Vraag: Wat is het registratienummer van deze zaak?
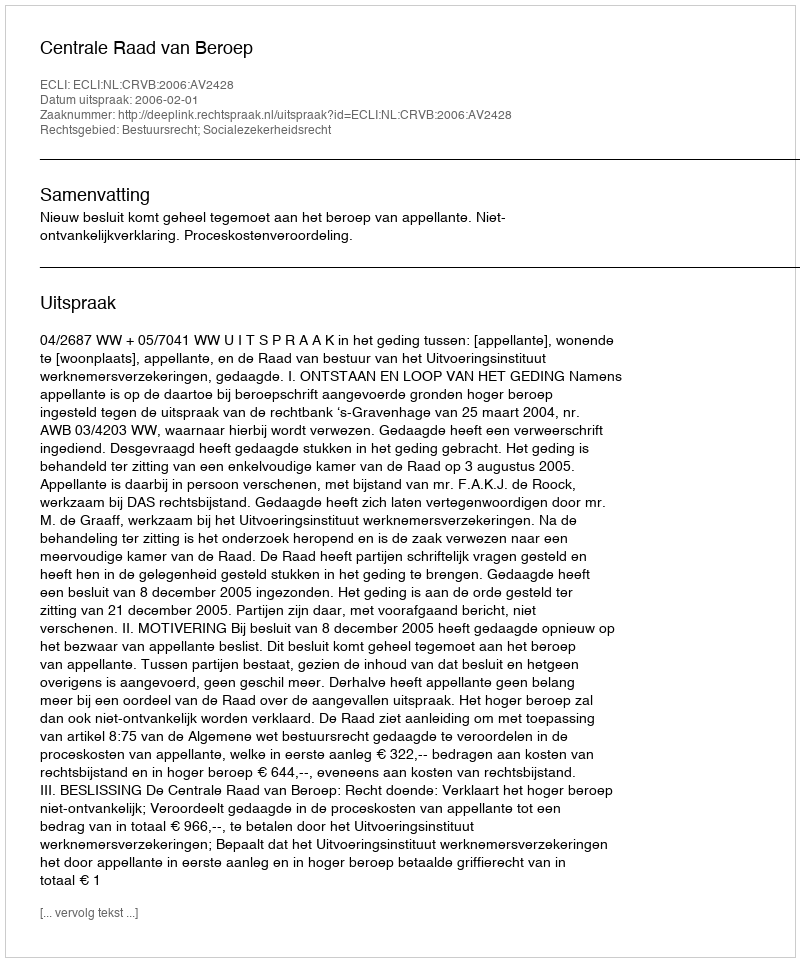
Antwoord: http://deeplink.rechtspraak.nl/uitspraak?id=ECLI:NL:CRVB:2006:AV2428